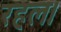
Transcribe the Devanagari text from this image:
रहल।